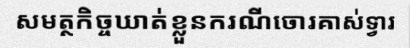
សមត្ថកិច្ចឃាត់ខ្លួនករណីចោរគាស់ទ្វារ